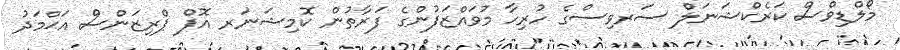
މޯލްޑިވްސް ކަރެކްޝަނަލް ސަރވިސްގެ ހުރިހާ މުވައްޒަފުންގެ ފަރާތުން ކޮމިޝަނަރ އޮފް ޕްރިޒަންސް އަޙްމަދު